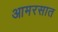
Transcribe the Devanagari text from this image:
आमरसात